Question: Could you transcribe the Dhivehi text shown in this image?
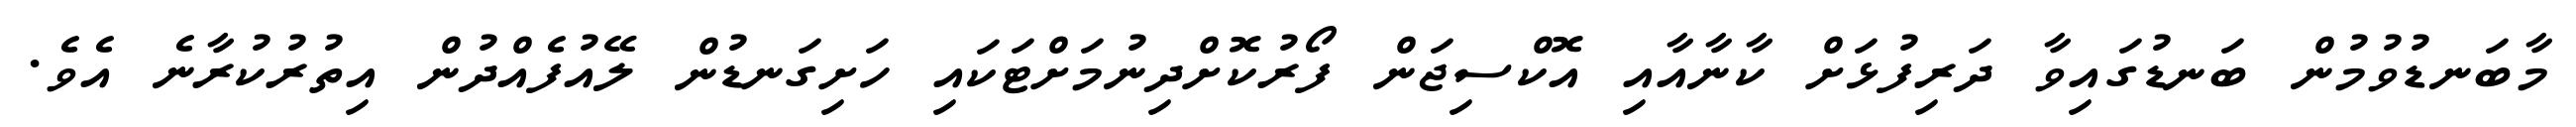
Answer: މާބަނޑުވުމުން ބަނޑުގައިވާ ދަރިފުޅަށް ކާނާއާއި އޮކްސިޖަން ފޯރުކޮށްދިނުމަށްޓަކައި ހަށިގަނޑުން ލޭއުފެއްދުން އިތުރުކުރާނެ އެވެ.